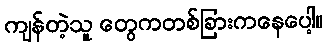
ကျန်တဲ့သူ တွေကတစ်ခြားကနေပေါ့။